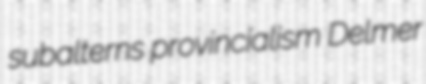
subalterns provincialism Delmer